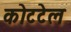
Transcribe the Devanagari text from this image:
कोटटेल